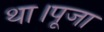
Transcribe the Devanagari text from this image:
था।पूजा